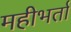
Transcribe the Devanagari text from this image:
महीभर्ता